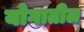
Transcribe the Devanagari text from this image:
योगातील